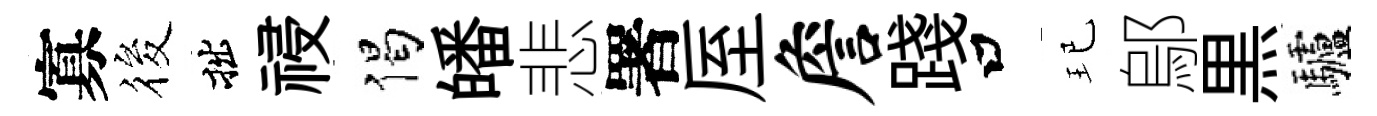
寡筱拙祲偈皤悲署厔詹踐口玘鄔黒驢